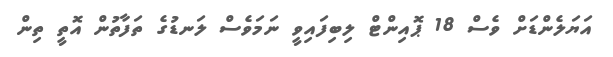
އަޔަލެންޑަށް ވެސް 18 ޕޮއިންޓް ލިބިފައިވީ ނަމަވެސް ލަނޑުގެ ތަފާތުން އޮތީ ތިން